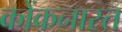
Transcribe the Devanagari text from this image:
कोंकनास्त